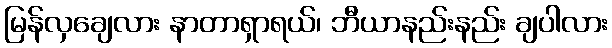
မြန်လှချေလား နာတာရှာရယ်၊ ဘီယာနည်းနည်း ချပါလား